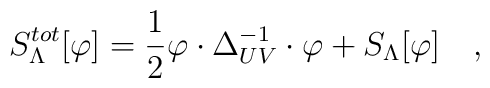
S^{tot}_\Lambda[\varphi] = {1\over2}\varphi\cdot{\Delta_{UV}^{-1}}\cdot\varphi+ S_{\Lambda}[\varphi]\quad,